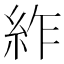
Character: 䋏